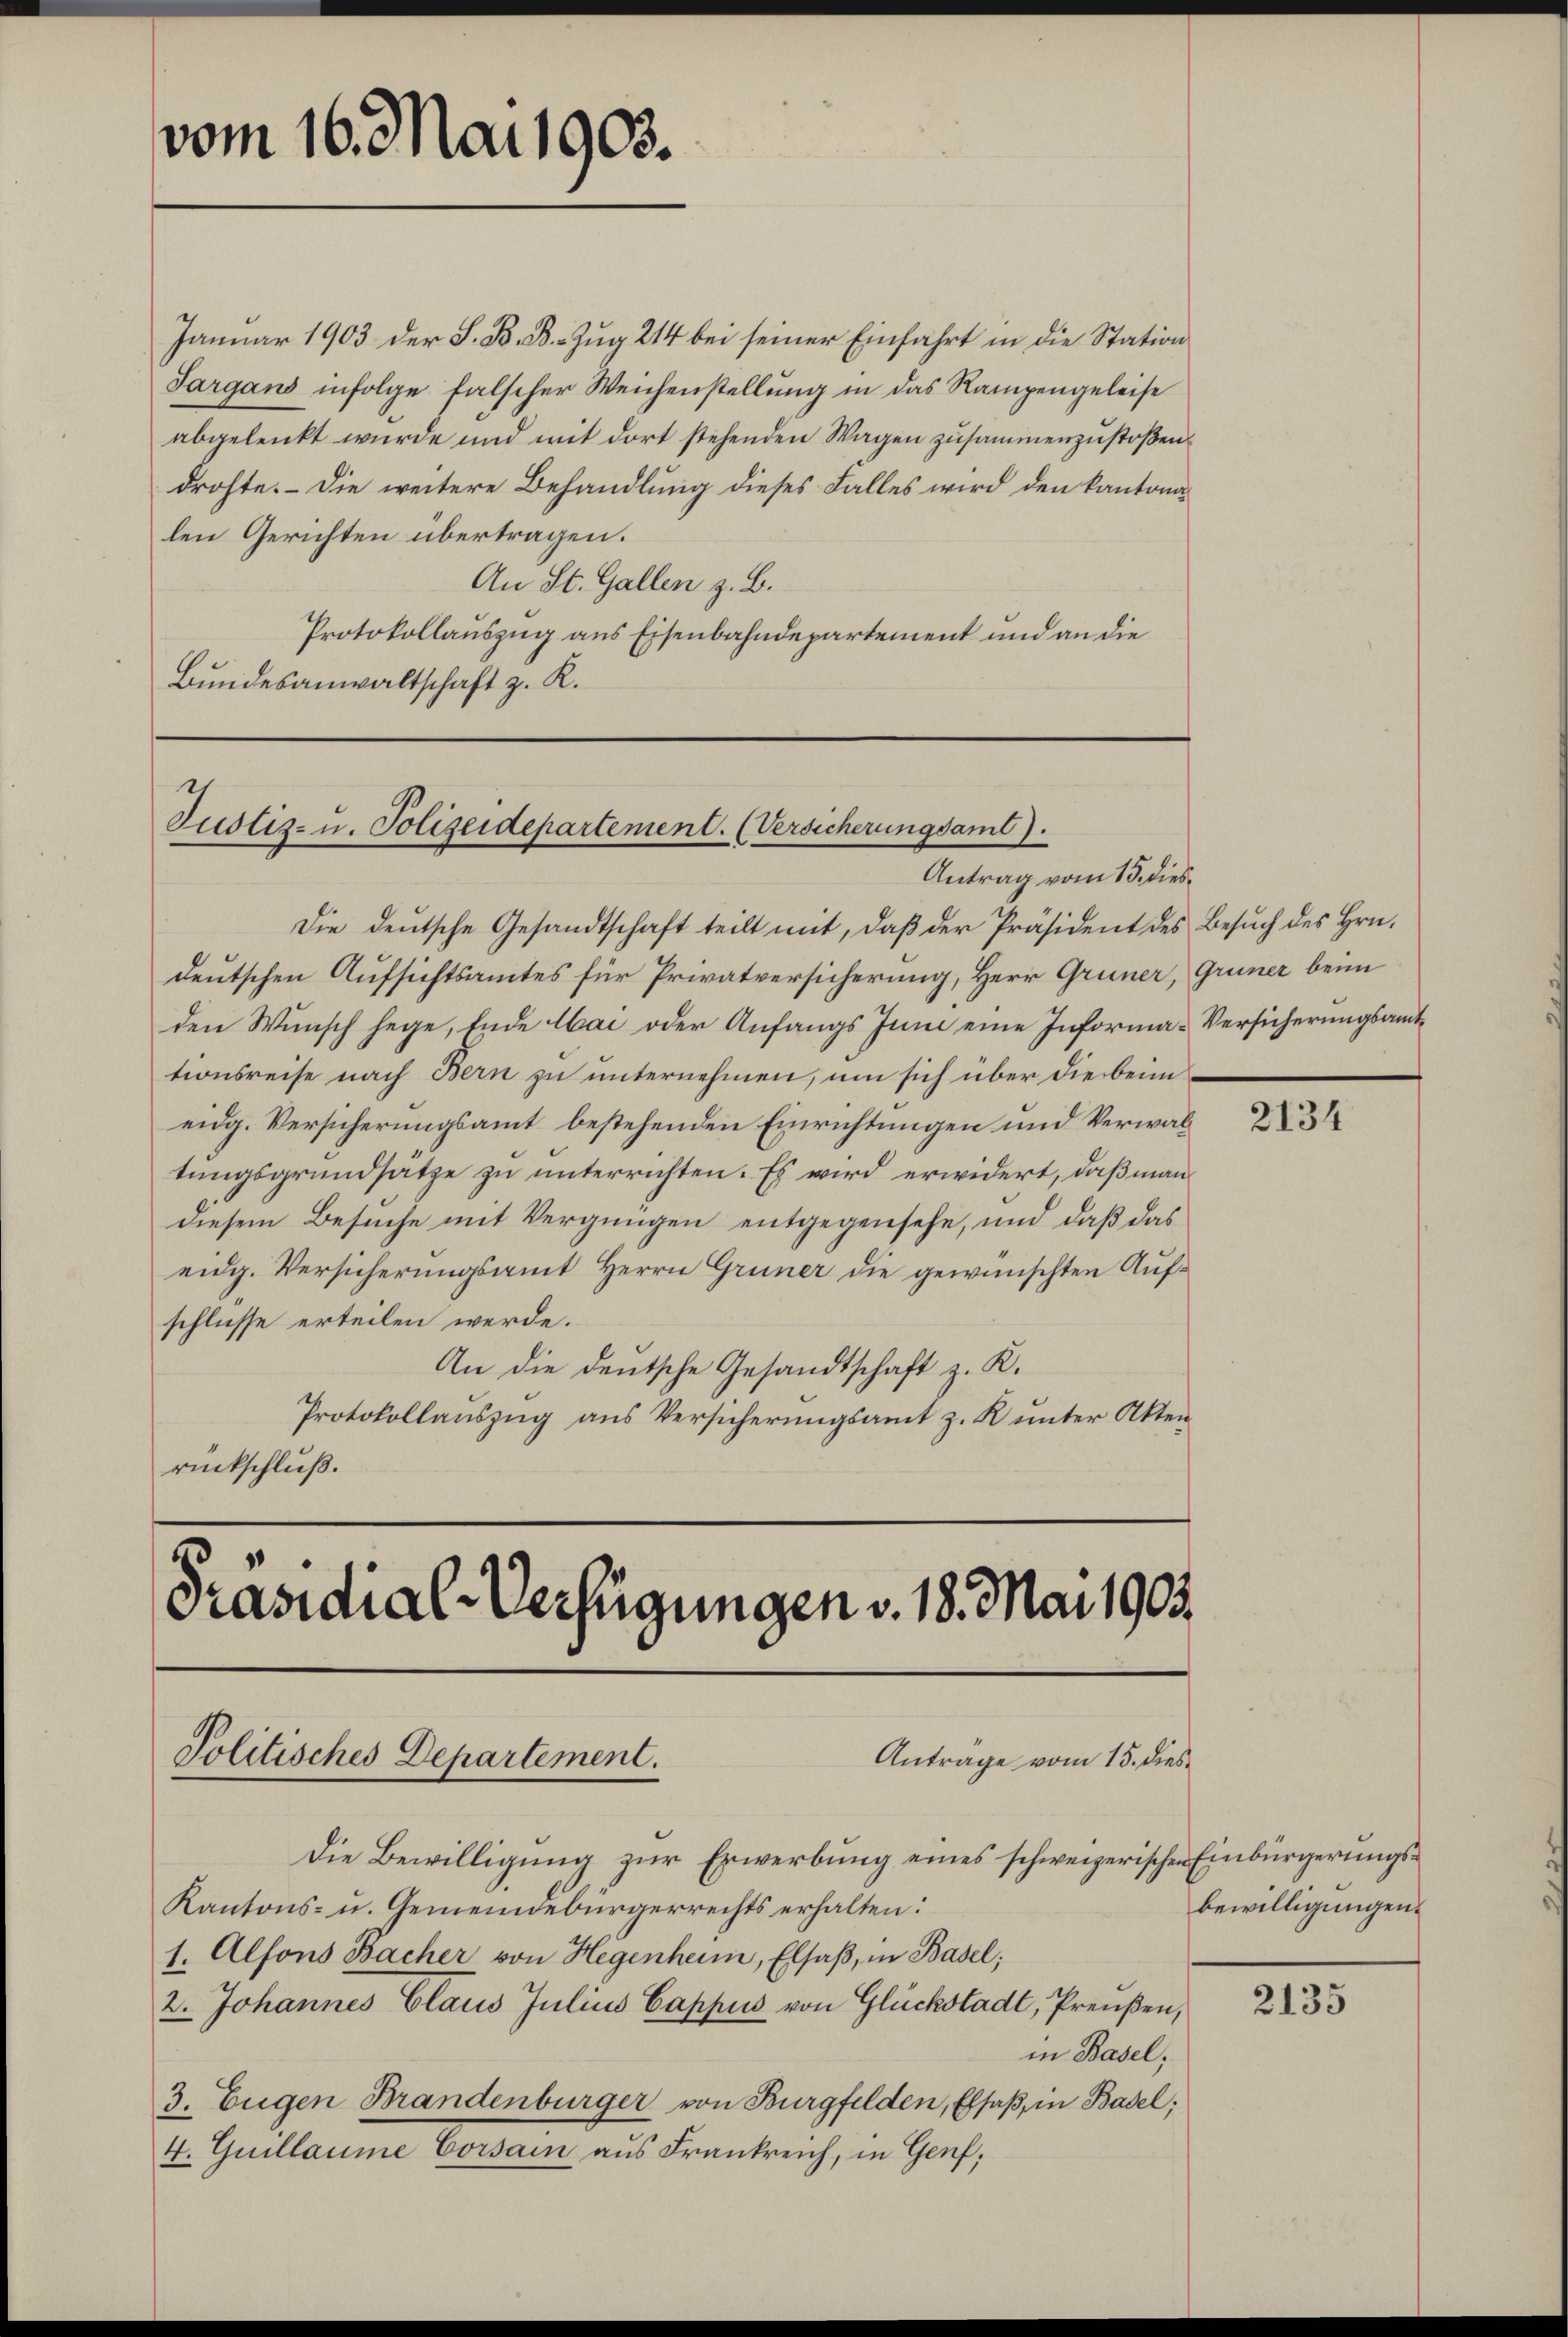
Januar 1903 der S. B. B. Zug 214 bei seiner Einfahrt in die Station
Sargans infolge falscher Weichenstellung in das Rampengeleise
abgelenkt wurde und mit dort stehenden Wagen zusammenzustoßen
drohte. - Die weitere Behandlung dieses Falles wird den kantonalen Gerichten übertragen.
An St. Gallen z. B.
Protokollauszug aus Eisenbahndepartement und an die
Bundesanwaltschaft z. R.

vom 16. Mai 1903.

Justiz- u. Polizeidepartement. (Versicherungsamt).
Antrag vom 15. dies¬

Die deŭtsche Gesandtschaft teilt mit, daβ der Präsident des Besŭch des Hrn.
deutschen Aufsichtsamtes für Privatversicherung, Herr Grüner, Grüner beim
den Wunsch hege, Ende Abai oder Anfangs Juni eine Informa-Versicherungsamttionsreise nach Bern zu unternehmen, um sich über die beim
eidg. Versicherungsamt bestehenden Einrichtungen und Verwaltungsgrundsatze zu unterrichten. Es wird erwidert, daß man
diesem Besuche mit Vergnügen entgegensehe, und daß das
eidg. Versicherungsamt Herrn Grüner die gewünschten Aufschlüsse erteilen werde.
An die deutsche Gesandtschaft z. K.
Protokollauszug aus Versicherungsamt z. R. unter Aktenrückschluß.

Präsidial-Verfügungen v. 18. Mai 1903.
Politisches Departement.
Antrage vom 15. dies¬

Die Bewilligung zur Erwerbung eines schweizerischen Einbürgerungs¬
Kantons- u. Gemeindebürgerrechts erhalten:
1. Alfons Bacher von Hegenheim, Elsaß, in Basel;
2. Johannes Claus Julius Cappis von Glückstadt, Preußen,
in Basel,
3. Eugen Brandenburger von Burgfelden, Elsaß, in Basel,
4. Guillaume Corsain aus Frankreich, in Genf;

2134

bewilligungen.

2135